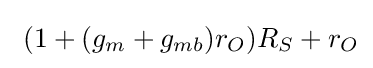
\ (1+(g_{m}+g_{mb})r_{O})R_{S}+r_{O}